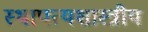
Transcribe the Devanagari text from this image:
स्थापत्यशास्त्रीय